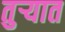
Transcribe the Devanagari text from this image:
तुऱ्यात